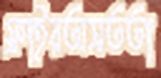
ফ্রাইরঅসততা